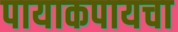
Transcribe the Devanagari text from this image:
पायाकपायचा